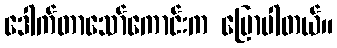
ဒေါက်တာသော်ကောင်းက ပြောပါတယ်။